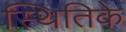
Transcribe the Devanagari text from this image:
स्थितिके